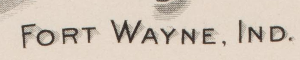
FORT WAYNE. IND.